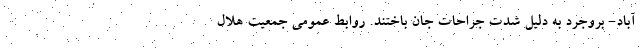
آباد- بروجرد به دلیل شدت جراحات جان باختند. روابط عمومی جمعیت هلال